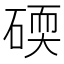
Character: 碝